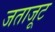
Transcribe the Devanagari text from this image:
जताजूट